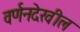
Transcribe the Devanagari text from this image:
वर्णनदेखील